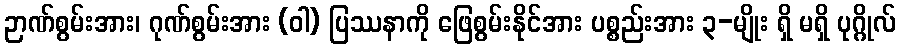
ဉာဏ်စွမ်းအား၊ ဂုဏ်စွမ်းအား (ဝါ) ပြဿနာကို ဖြေစွမ်းနိုင်အား ပစ္စည်းအား ၃-မျိုး ရှိ မရှိ ပုဂ္ဂိုလ်